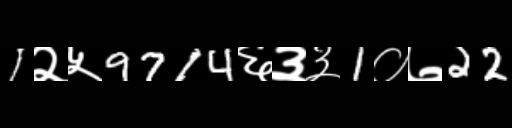
Text: 1२५9714६३३1०७22